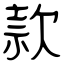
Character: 款